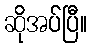
ဆိုအပ်ပြီ။